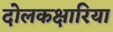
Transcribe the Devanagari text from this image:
दोलकक्षारिया